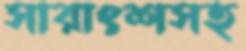
সারাংশসহ